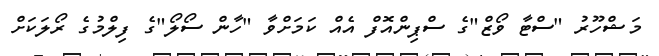
މަޝްހޫރު "ސްޓާ ވޯޒް"ގެ ސްޕިންއޮފް އެއް ކަމަށްވާ "ހާން ސޯލޯ"ގެ ފިލްމުގެ ރޯލަކަށް